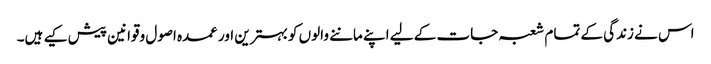
اس نے زندگی کے تمام شعبہ جات کے لیے اپنے ماننے والوں کو بہترین اور عمدہ اصول وقوانین پیش کیے ہیں۔